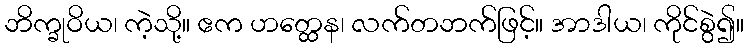
ဘိက္ခုဝိယ၊ ကဲ့သို့။ ဧက ဟတ္ထေန၊ လက်တဘက်ဖြင့်။ အာဒါယ၊ ကိုင်စွဲ၍။